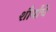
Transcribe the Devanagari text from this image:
शौर्यांचे